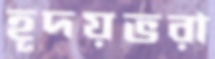
হূদয়ভরা